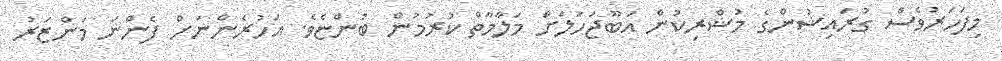
މިފަހަރުވެސް ގުރައިޝުންގެ މުޝްރިކުން އަބޫޖަހުލަށް މަލާމާތް ކުރުމުން ބުންޏެވެ. އަހުރެންނަށް ފެންނަ މަންޒަރު